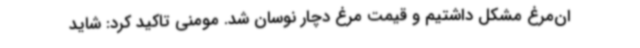
ان‌مرغ مشکل داشتیم و قیمت مرغ دچار نوسان شد. مومنی تاکید کرد: شاید